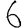
Digit: 6